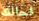
لحالك